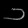
Digit: ၁